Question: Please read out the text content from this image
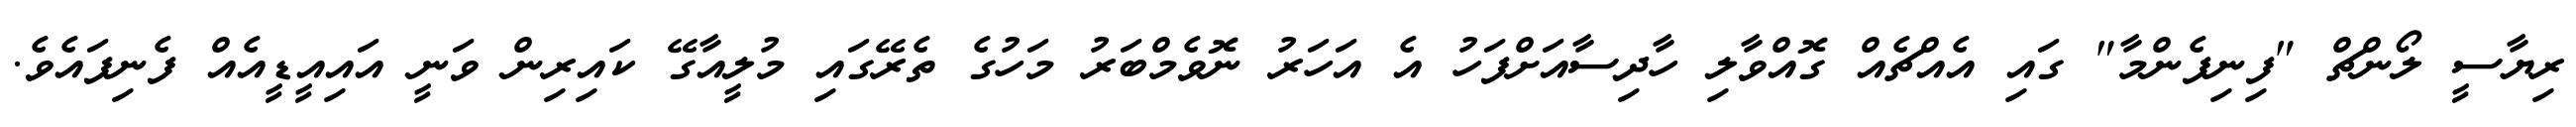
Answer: ރިޔާސީ ލޯންޗް "ފިނިފެންމާ" ގައި އެއްޗެއް ގޮއްވާލި ހާދިސާއަށްފަހު އެ އަހަރު ނޮވެމްބަރު މަހުގެ ތެރޭގައި މުލީއާގޭ ކައިރިން ވަނީ އައިއީޑީއެއް ފެނިފައެވެ.